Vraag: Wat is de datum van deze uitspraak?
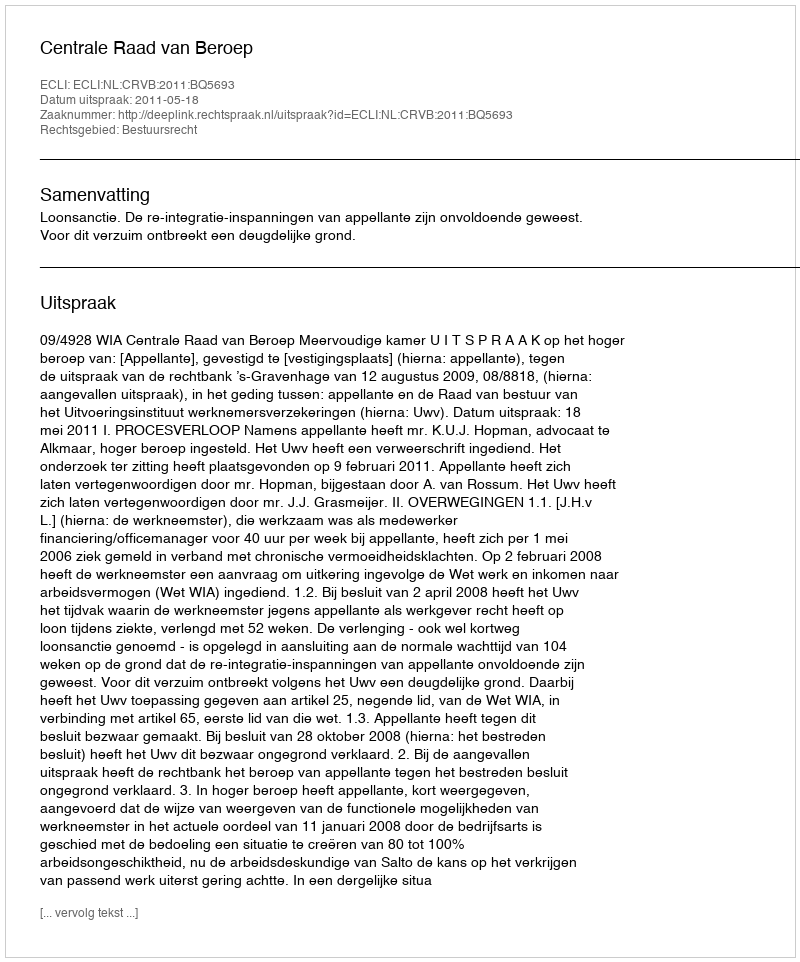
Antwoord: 2011-05-18